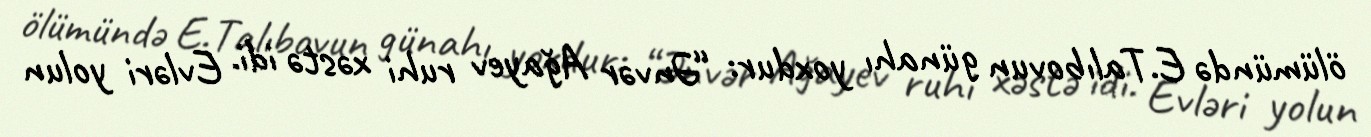
ölümündə E.Talıbovun günahı yoxdur: “Ənvər Ağayev ruhi xəstə idi. Evləri yolun